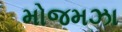
મોજમઝા